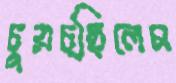
চুয়চ্ছিলেম